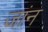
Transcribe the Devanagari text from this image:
जांन